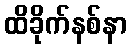
ထိခိုက်နစ်နာ